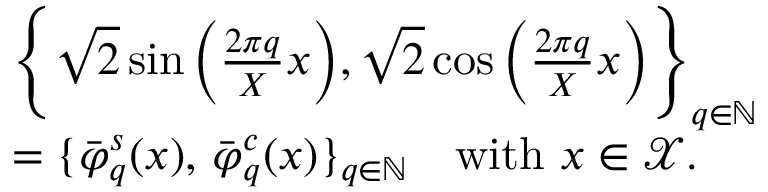
\begin{array} { r l } & { \Bigg \lbrace \sqrt { 2 } \sin \Big ( \frac { 2 \pi q } { X } x \Big ) , \sqrt { 2 } \cos \Big ( \frac { 2 \pi q } { X } x \Big ) \Bigg \rbrace _ { q \in \mathbb { N } } } \\ & { = \lbrace \bar { \varphi } _ { q } ^ { s } ( x ) , \, \bar { \varphi } _ { q } ^ { c } ( x ) \rbrace _ { q \in \mathbb { N } } \quad \mathrm { w i t h ~ } x \in \ensuremath { \mathscr { X } } . } \end{array}